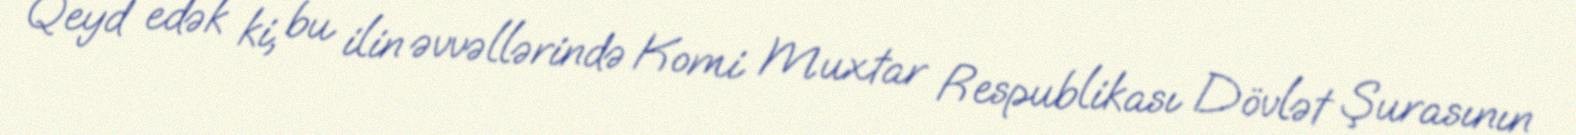
Qeyd edək ki, bu ilin əvvəllərində Komi Muxtar Respublikası Dövlət Şurasının